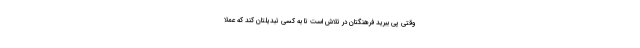
وقتی پی ببرید فرهنگتان در تلاش است تا به کسی تبدیلتان کند که عملاً